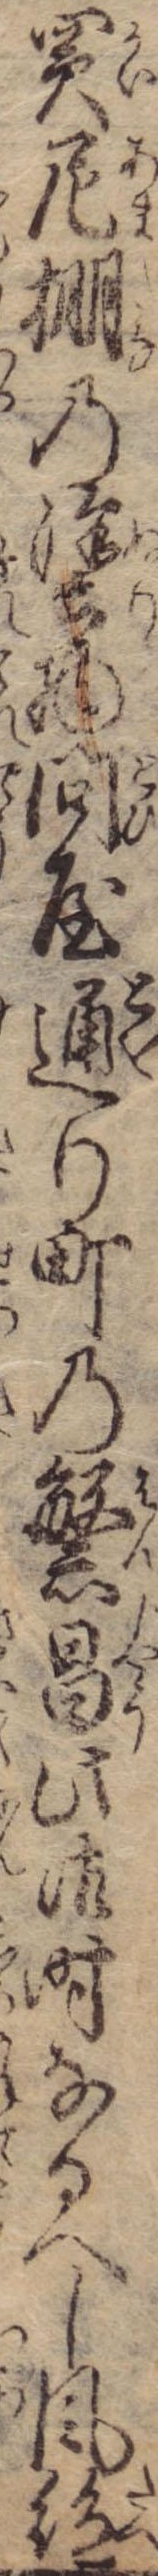
買尼棚の塗物問屋通り町の繁昌此御時なるへし風絶